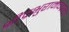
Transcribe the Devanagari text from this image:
श्रीप्रभुरामचंद्राला